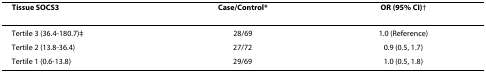
<table><thead><tr><td><b>Tissue SOCS3</b></td><td><b>Case/Control*</b></td><td><b>OR (95% CI)†</b></td></tr></thead><tbody><tr><td>Tertile 3 (36.4-180.7)‡</td><td>28/69</td><td>1.0 (Reference)</td></tr><tr><td>Tertile 2 (13.8-36.4)</td><td>27/72</td><td>0.9 (0.5, 1.7)</td></tr><tr><td>Tertile 1 (0.6-13.8)</td><td>29/69</td><td>1.0 (0.5, 1.8)</td></tr></tbody></table>